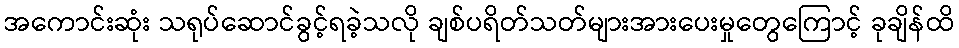
အကောင်းဆုံး သရုပ်ဆောင်ခွင့်ရခဲ့သလို ချစ်ပရိတ်သတ်များအားပေးမှုတွေကြောင့် ခုချိန်ထိ